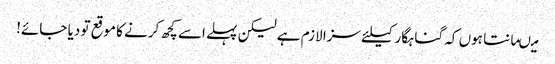
میںمانتا ہوں کہ گناہگار کیلئے سزا لازم ہے لیکن پہلے اسے کچھ کرنے کا موقع تو دیا جائے!